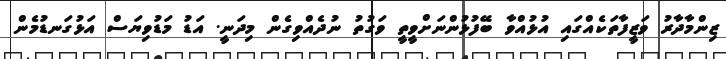
ޒިންމާދާރު ވަޒީފާތަކެއްގައި އުޅުއްވާ ބޭފުޅުންނަށްވީތީ ވަގުތު ނުދެއްވިގެން މިދަނީ. އަޑު މަޑުވިޔަސް އަޅުގަނޑުމެން